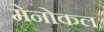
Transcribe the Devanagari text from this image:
मेनोकल